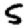
Digit: 5